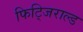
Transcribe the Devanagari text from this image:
फिट्जिराल्ड